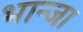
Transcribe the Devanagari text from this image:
भान्जा